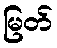
မြတ်